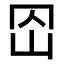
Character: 𡵠